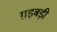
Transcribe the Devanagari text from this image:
ग़ड़बड़ी